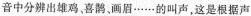
音中分辨出雄鸡，喜鹊、画眉……的叫声，这是根据声